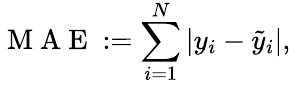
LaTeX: \mathrm{~M~A~E~}:=\sum_{i=1}^{N}|y_{i}-\tilde{y}_{i}|,